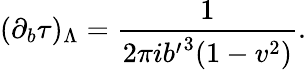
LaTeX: (\partial_{b}\tau)_{\Lambda}={\frac{1}{2\pi i{b^{\prime}}^{3}(1-v^{2})}}.